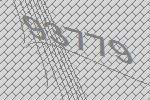
93779